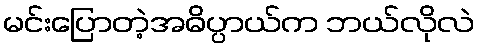
မင်းပြောတဲ့အဓိပ္ပာယ်က ဘယ်လိုလဲ